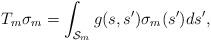
LaTeX: \begin{align*} T_m\sigma_m = \int_{\mathcal{S}_m}g(s,s')\sigma_m(s')ds', \end{align*}